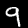
Label: 9